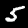
Label: 5